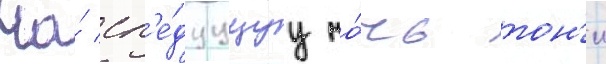
На́ сл'е́дуущуу но́чь тон'и